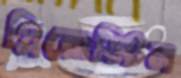
প্লিয়োস্টিন